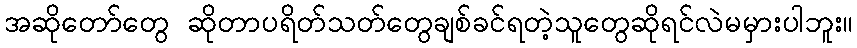
အဆိုတော်တွေ ဆိုတာပရိတ်သတ်တွေချစ်ခင်ရတဲ့သူတွေဆိုရင်လဲမမှားပါဘူး။